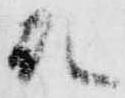
殿